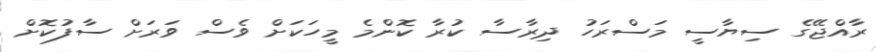
ރާއްޖޭގެ ސިޔާސީ މަސްރަހު ދިރާސާ ކުރާ ކޮންމެ މީހަކަށް ވެސް ވަރަށް ސާފުކޮށް